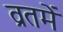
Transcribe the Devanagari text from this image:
व्रतमें